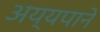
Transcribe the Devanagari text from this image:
अय्यपाने